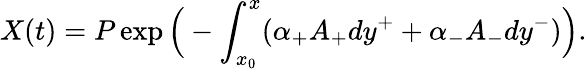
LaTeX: X(t)=P\exp\Big(-\int_{x_{0}}^{x}(\alpha_{+}A_{+}dy^{+}+\alpha_{-}A_{-}dy^{-})\Big).